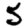
Digit: 5